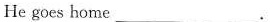
He goes home ____.